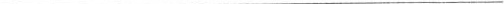
___